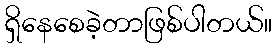
ရှိနေစေခဲ့တာဖြစ်ပါတယ်။